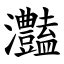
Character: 灎